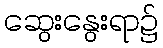
ဆွေးနွေးရာ၌